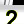
Digit: 2